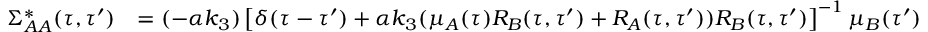
\begin{array} { r l } { \Sigma _ { A A } ^ { * } ( \tau , \tau ^ { \prime } ) } & { = ( - \alpha k _ { 3 } ) \left[ \delta ( \tau - \tau ^ { \prime } ) + \alpha k _ { 3 } ( \mu _ { A } ( \tau ) R _ { B } ( \tau , \tau ^ { \prime } ) + R _ { A } ( \tau , \tau ^ { \prime } ) ) R _ { B } ( \tau , \tau ^ { \prime } ) \right] ^ { - 1 } \mu _ { B } ( \tau ^ { \prime } ) } \end{array}